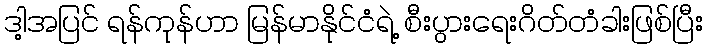
ဒါ့အပြင် ရန်ကုန်ဟာ မြန်မာနိုင်ငံရဲ့ စီးပွားရေးဂိတ်တံခါးဖြစ်ပြီး